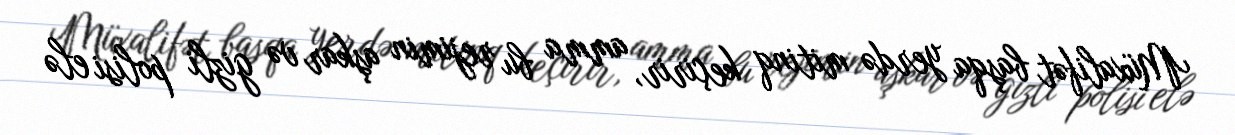
Müxalifət başqa yerdə mitinq keçirir, amma bu rejimin aşkar və gizli polisi elə